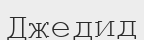
Джедид